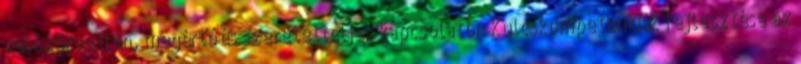
való közvetlen, megértő és szeretetteljes kapcsolaton Kulcskompetenciák fejlesztése az